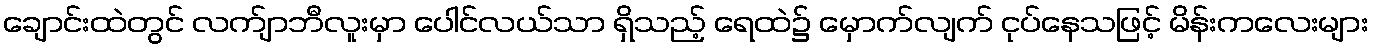
ချောင်းထဲတွင် လက်ျာဘီလူးမှာ ပေါင်လယ်သာ ရှိသည့် ရေထဲ၌ မှောက်လျက် ငုပ်နေသဖြင့် မိန်းကလေးများ